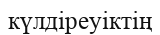
күлдіреуіктің